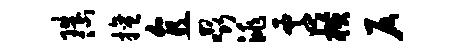
珠心擅直啜洮迁横仄